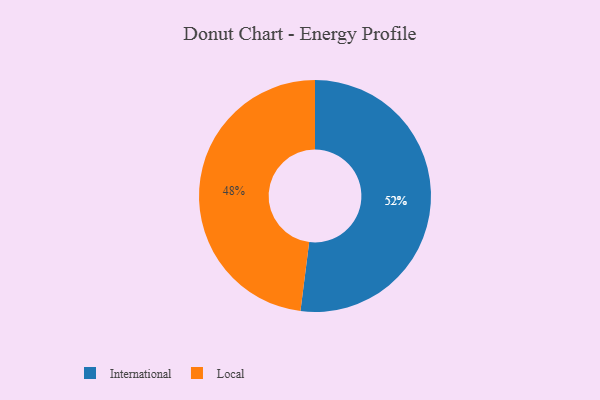
{"axis": {"x": "Category", "y": "Percentage"}, "legend": ["International", "Local"], "data": [{"x": "International", "y": 52, "type": "International"}, {"x": "Local", "y": 48, "type": "Local"}]}